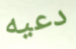
دعيه